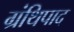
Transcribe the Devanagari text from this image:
ग्रंथिपाद